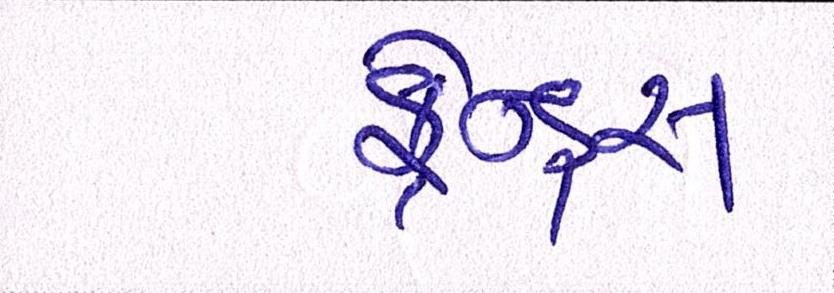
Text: ફ્રેન્ડ્સ